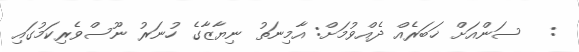
:   ސަންއަށް ޚަބަރެއް ދެއްވުމަށް: އާމިނަތު ނިޔާޒާގެ ހުނަރު ނޫސްވެރިކަމުގައި